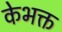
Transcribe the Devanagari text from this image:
केभक्त